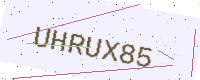
Text: UHRUX85